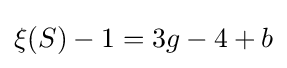
\xi (S)-1=3g-4+b